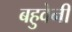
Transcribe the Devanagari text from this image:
बहुवेनी